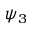
\psi _ { 3 }